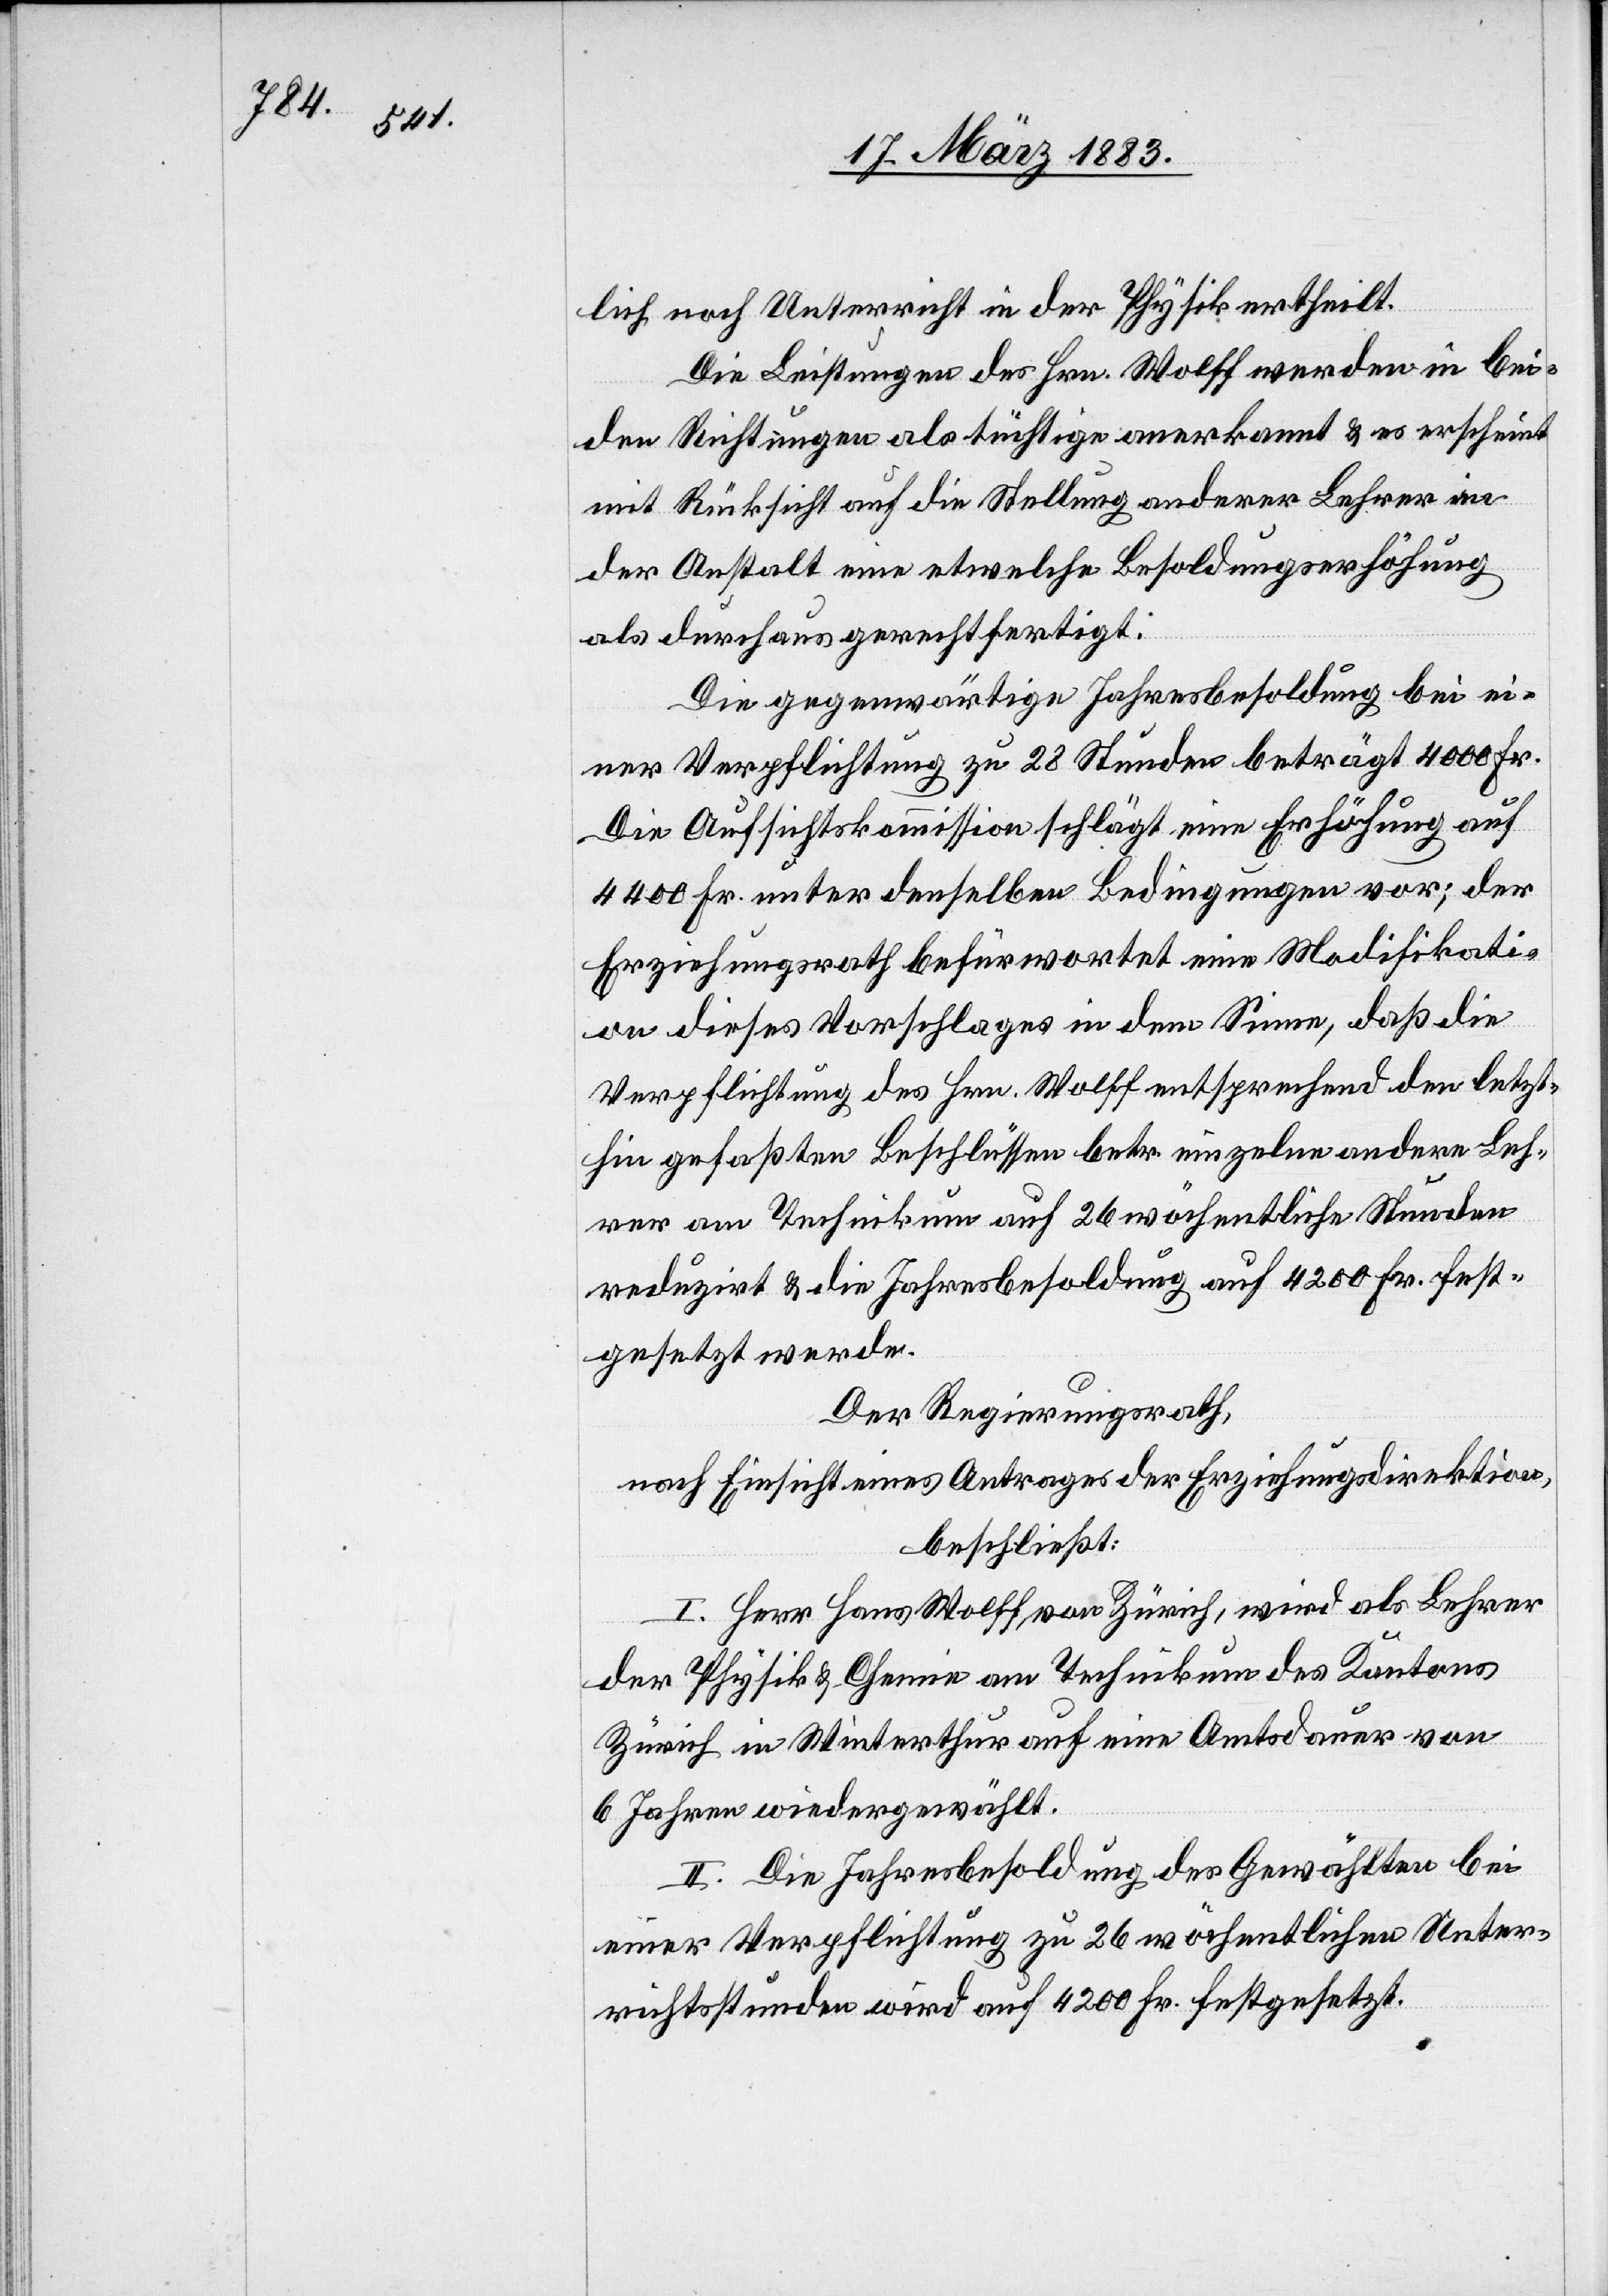
lich noch Unterricht in der Physik ertheilt.
Die Leistungen des Hrn. Wolff werden in bei¬
den Richtungen als tüchtige anerkannt & es erscheint
mit Rücksicht auf die Stellung anderer Lehrer in
der Anstalt eine etwelche Besoldungserhöhung
als durchaus gerechtfertigt:
Die gegenwärtige Jahresbesoldung bei ei¬
ner Verpflichtung zu 28 Stunden beträgt 4000 Fr.
Die Aufsichtskommission schlägt eine Erhöhung auf
4400 Fr. unter denselben Bedingungen vor; der
Erziehungsrath befürwortet eine Modifikati¬
on dieses Vorschlages in dem Sinne, daß die
Verpflichtung des Hrn. Wolff entsprechend der letzt¬
hin gefaßten Beschlüsse betr. einzelne andere Leh¬
rer am Technikum auf 26 wöchentliche Stunden
reduzirt & die Jahresbesoldung auf 4200 Fr. fest¬
gesetzt werde.
Der Regierungsrath,
nach Einsicht eines Antrages der Erziehungsdirektion,
beschließt:
I. Herr Hans Wolff von Zürich, wird als Lehrer
der Physik-Chemie am Technikum des Kantons
Zürich in Winterthur auf eine Amtsdauer von
6 Jahren wiedergewählt.
II. Die Jahresbesoldung des Gewählten bei
einer Verpflichtung zu 26 wöchentlichen Unter¬
richtsstunden wird auf 4200 Fr. festgesetzt.